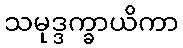
သမုဒ္ဒက္ခာယိကာ